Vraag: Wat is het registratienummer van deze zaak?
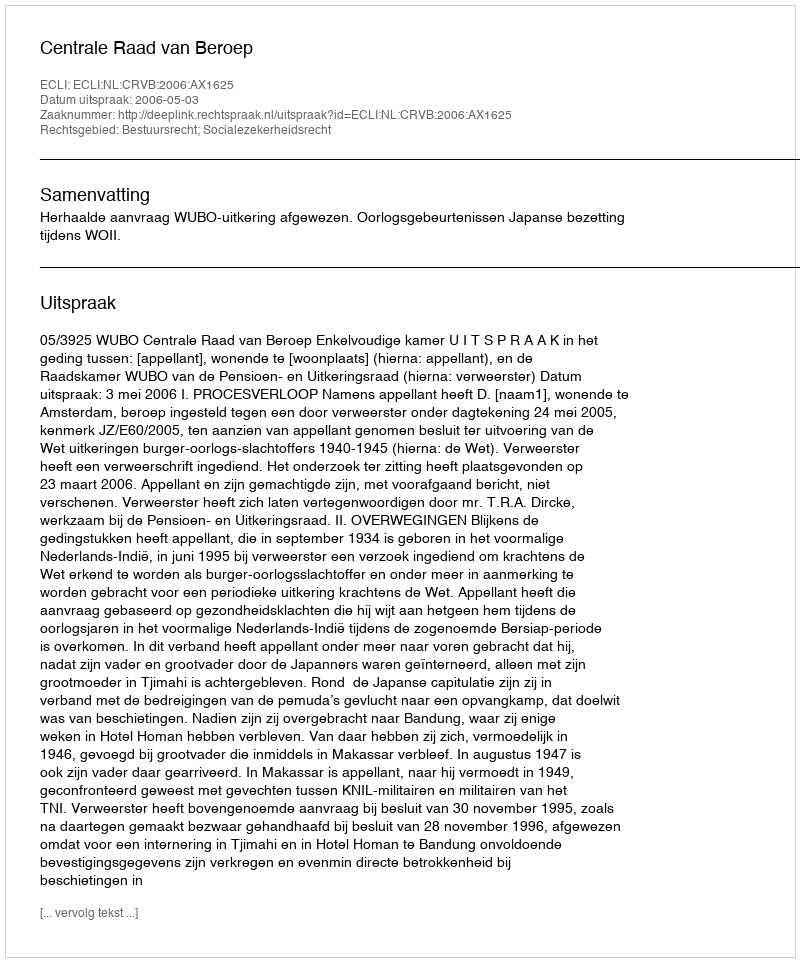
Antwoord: http://deeplink.rechtspraak.nl/uitspraak?id=ECLI:NL:CRVB:2006:AX1625